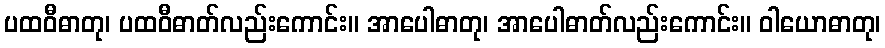
ပထဝီဓာတု၊ ပထဝီဓာတ်လည်းကောင်း။ အာပေါဓာတု၊ အာပေါဓာတ်လည်းကောင်း။ ဝါယောဓာတု၊